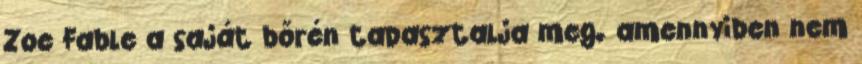
Zoe Fable a saját bőrén tapasztalja meg. amennyiben nem